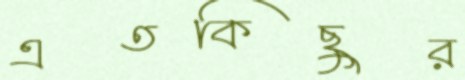
এতকিছুর